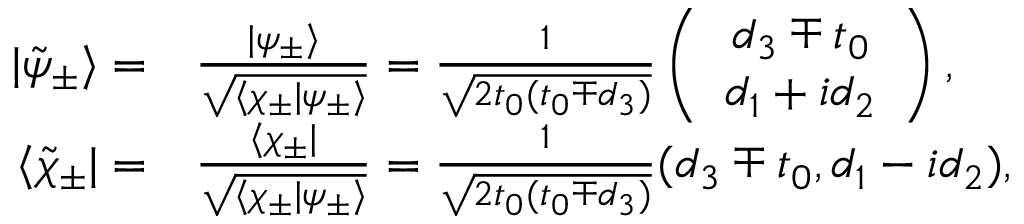
\begin{array} { r l } { | \tilde { \psi } _ { \pm } \rangle = } & { { } \frac { | \psi _ { \pm } \rangle } { \sqrt { \langle \chi _ { \pm } | \psi _ { \pm } \rangle } } = \frac { 1 } { \sqrt { 2 t _ { 0 } ( t _ { 0 } \mp d _ { 3 } ) } } \left( \begin{array} { c } { d _ { 3 } \mp t _ { 0 } } \\ { d _ { 1 } + i d _ { 2 } } \end{array} \right) , } \\ { \langle \tilde { \chi } _ { \pm } | = } & { { } \frac { \langle \chi _ { \pm } | } { \sqrt { \langle \chi _ { \pm } | \psi _ { \pm } \rangle } } = \frac { 1 } { \sqrt { 2 t _ { 0 } ( t _ { 0 } \mp d _ { 3 } ) } } ( d _ { 3 } \mp t _ { 0 } , d _ { 1 } - i d _ { 2 } ) , } \end{array}